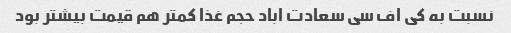
نسبت به کی اف سی سعادت اباد حجم غذا کمتر هم قیمت بیشتر بود